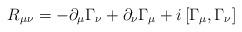
LaTeX: \begin{align*}R_{\mu \nu} = - \partial_\mu \Gamma_\nu + \partial_\nu \Gamma_\mu + i \left[ \Gamma_\mu , \Gamma_\nu \right]\end{align*}